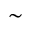
\sim